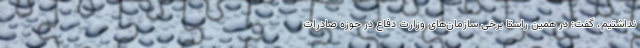
نداشتیم، گفت: ‌در همین راستا برخی سازمان‌های وزارت دفاع در حوزه صادرات